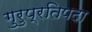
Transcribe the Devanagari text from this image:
गुरुप्रतिपदा